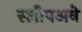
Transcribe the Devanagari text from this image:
स्लीपअवे